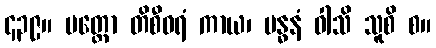
၄၃၉။ ပတ္တော တိစီဝရံ ကာယ၊ ဗန္ဓနံ ဝါသိ သူစိ စ။